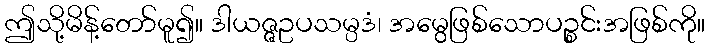
ဤသို့မိန့်တော်မူ၍။ ဒါယဇ္ဇဥပသမ္ပဒံ၊ အမွေဖြစ်သောပဉ္စင်းအဖြစ်ကို။